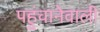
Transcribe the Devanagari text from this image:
पहुंचानेवाली